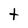
Character: t